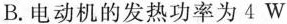
B.电动机的发热功率为4W